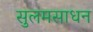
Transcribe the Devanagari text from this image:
सुलमसाधन